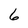
Character: 6